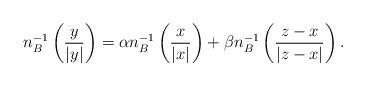
LaTeX: \begin{align*} n^{-1}_B \left(\frac{y}{|y|} \right)=\alpha n^{-1}_B\left(\frac{x}{|x|} \right) + \beta n_{B}^{-1} \left( \frac{z-x}{|z-x|} \right).\end{align*}